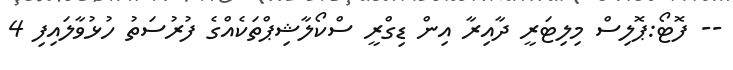
-- ފޮޓޯ:ޕޮލިސް މިލިޓަރީ ދާއިރާ އިން ޑިގްރީ ސްކޯލާޝިޕްތަކެއްގެ ފުރުސަތު ހުޅުވާލައިފި 4